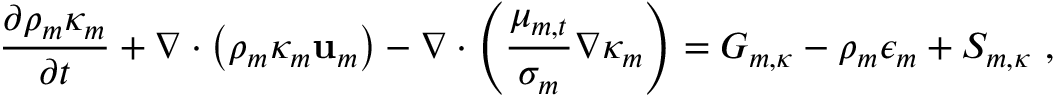
\frac { \partial \rho _ { m } \kappa _ { m } } { \partial t } + \nabla \cdot \left( \rho _ { m } \kappa _ { m } \mathbf { u } _ { m } \right) - \nabla \cdot \left( \frac { \mu _ { m , t } } { \sigma _ { m } } \nabla \kappa _ { m } \right) = G _ { m , \kappa } - \rho _ { m } \epsilon _ { m } + S _ { m , \kappa } \ ,